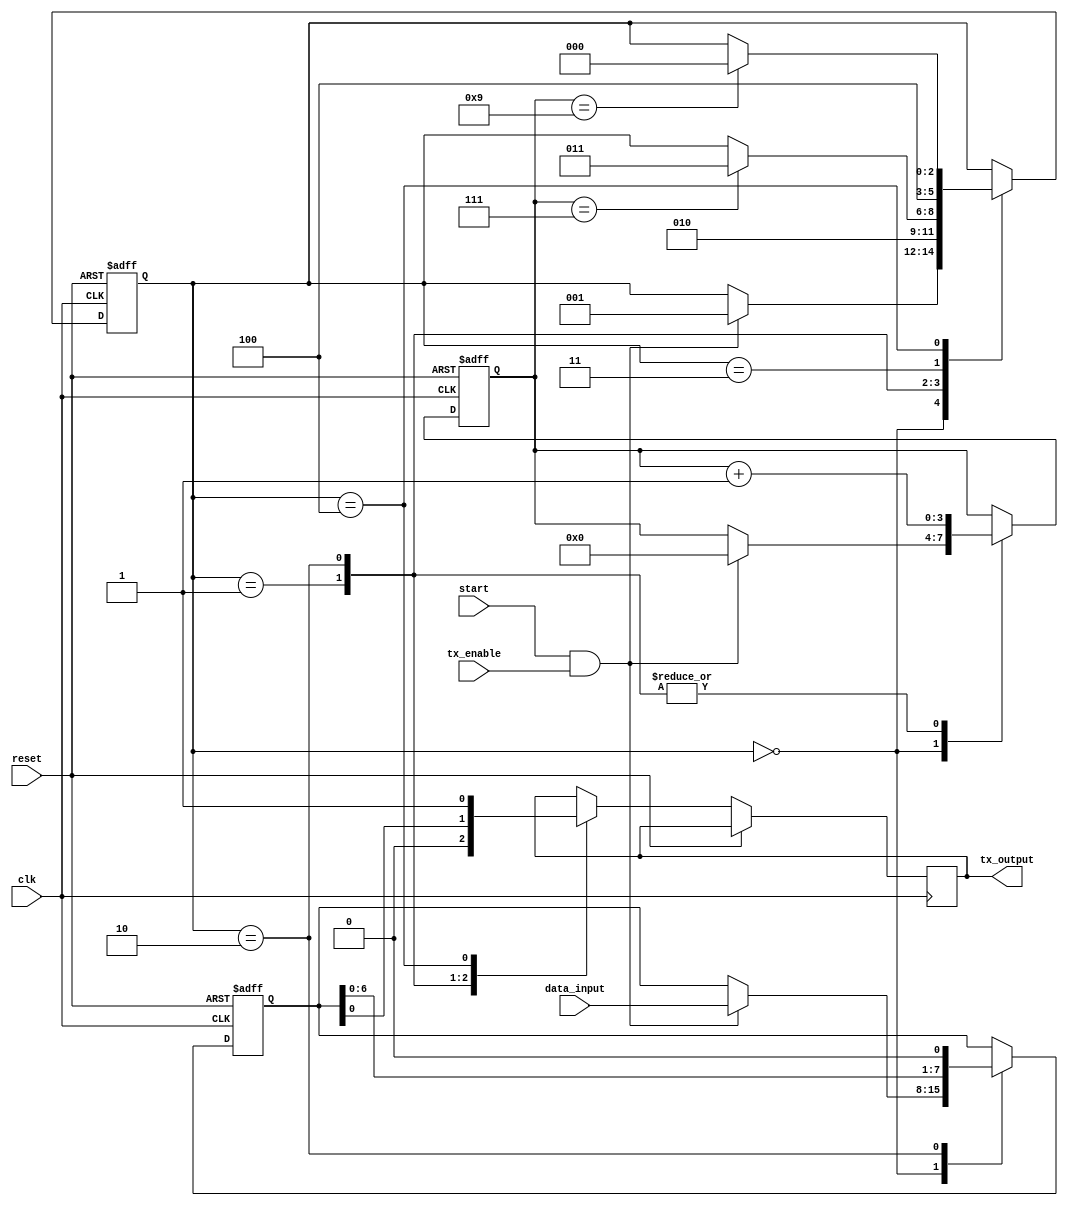
module UART_transmitter (
  input wire clk,
  input wire reset,
  input wire start,
  input wire tx_enable,
  input wire [7:0] data_input,
  output reg tx_output
);

// State machine states
parameter IDLE = 0;
parameter START_BIT = 1;
parameter DATA_BIT = 2;
parameter PARITY_BIT = 3;
parameter STOP_BIT = 4;

// Internal registers
reg [2:0] state_reg;
reg [7:0] data_reg;
reg [3:0] bit_count_reg;

always @ (posedge clk or posedge reset) begin
  if (reset) begin
    state_reg <= IDLE;
    data_reg <= 8'b0;
    bit_count_reg <= 0;
  end else begin
    case (state_reg)
      IDLE: begin
        if (start && tx_enable) begin
          state_reg <= START_BIT;
          data_reg <= data_input;
          bit_count_reg <= 0;
        end
      end
      START_BIT: begin
        tx_output <= 1'b0;
        bit_count_reg <= bit_count_reg + 1;
        state_reg <= DATA_BIT;
      end
      DATA_BIT: begin
        tx_output <= data_reg[0];
        data_reg <= {data_reg[6:0], 1'b0};
        bit_count_reg <= bit_count_reg + 1;
        if (bit_count_reg == 7) begin
          state_reg <= PARITY_BIT;
        end
      end
      PARITY_BIT: begin
        // Implement parity bit transmission (if applicable)
        state_reg <= STOP_BIT;
      end
      STOP_BIT: begin
        tx_output <= 1'b1;
        if (bit_count_reg == 9) begin
          state_reg <= IDLE;
        end
      end
    endcase
  end
end

endmodule